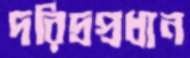
দরিদ্রপ্রধান